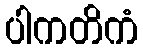
ပါကတိကံ